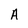
Character: A